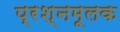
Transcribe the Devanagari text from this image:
प्रश्नमूलक